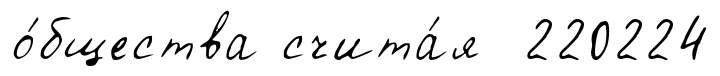
о́бщества счита́я 220224